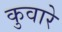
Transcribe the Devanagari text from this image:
कुवारे